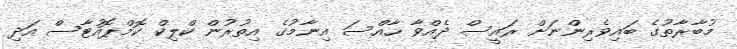
މުބާރާތުގެ ބައިވެރިންނަށް ރައީސް ދެއްވާ ހާއްސަ އިނާމުގެ އިތުރުން ކްލިކް ކޮމްޕޮއުޓާސް އަދި